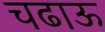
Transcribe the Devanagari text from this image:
चढाऊ